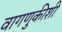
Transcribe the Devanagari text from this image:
वागणुकीशी